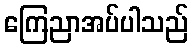
ကြေညာအပ်ပါသည်